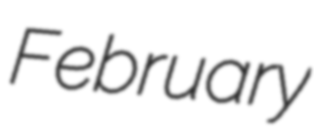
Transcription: February